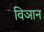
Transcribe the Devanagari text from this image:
विञान